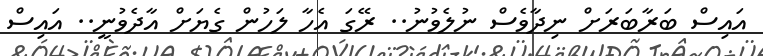
އައިސް ބަރާބަރަށް ނިދާވެސް ނުލެވުނު.. ރޭގަ އެހާ ލަހުން ގެޔަށް އާދެވުނީ.. އައިސް